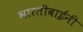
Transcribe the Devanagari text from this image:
भारतीबाईंनी